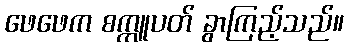
ဖေဖေက စက္ကူပတ် ခွာကြည့်သည်။